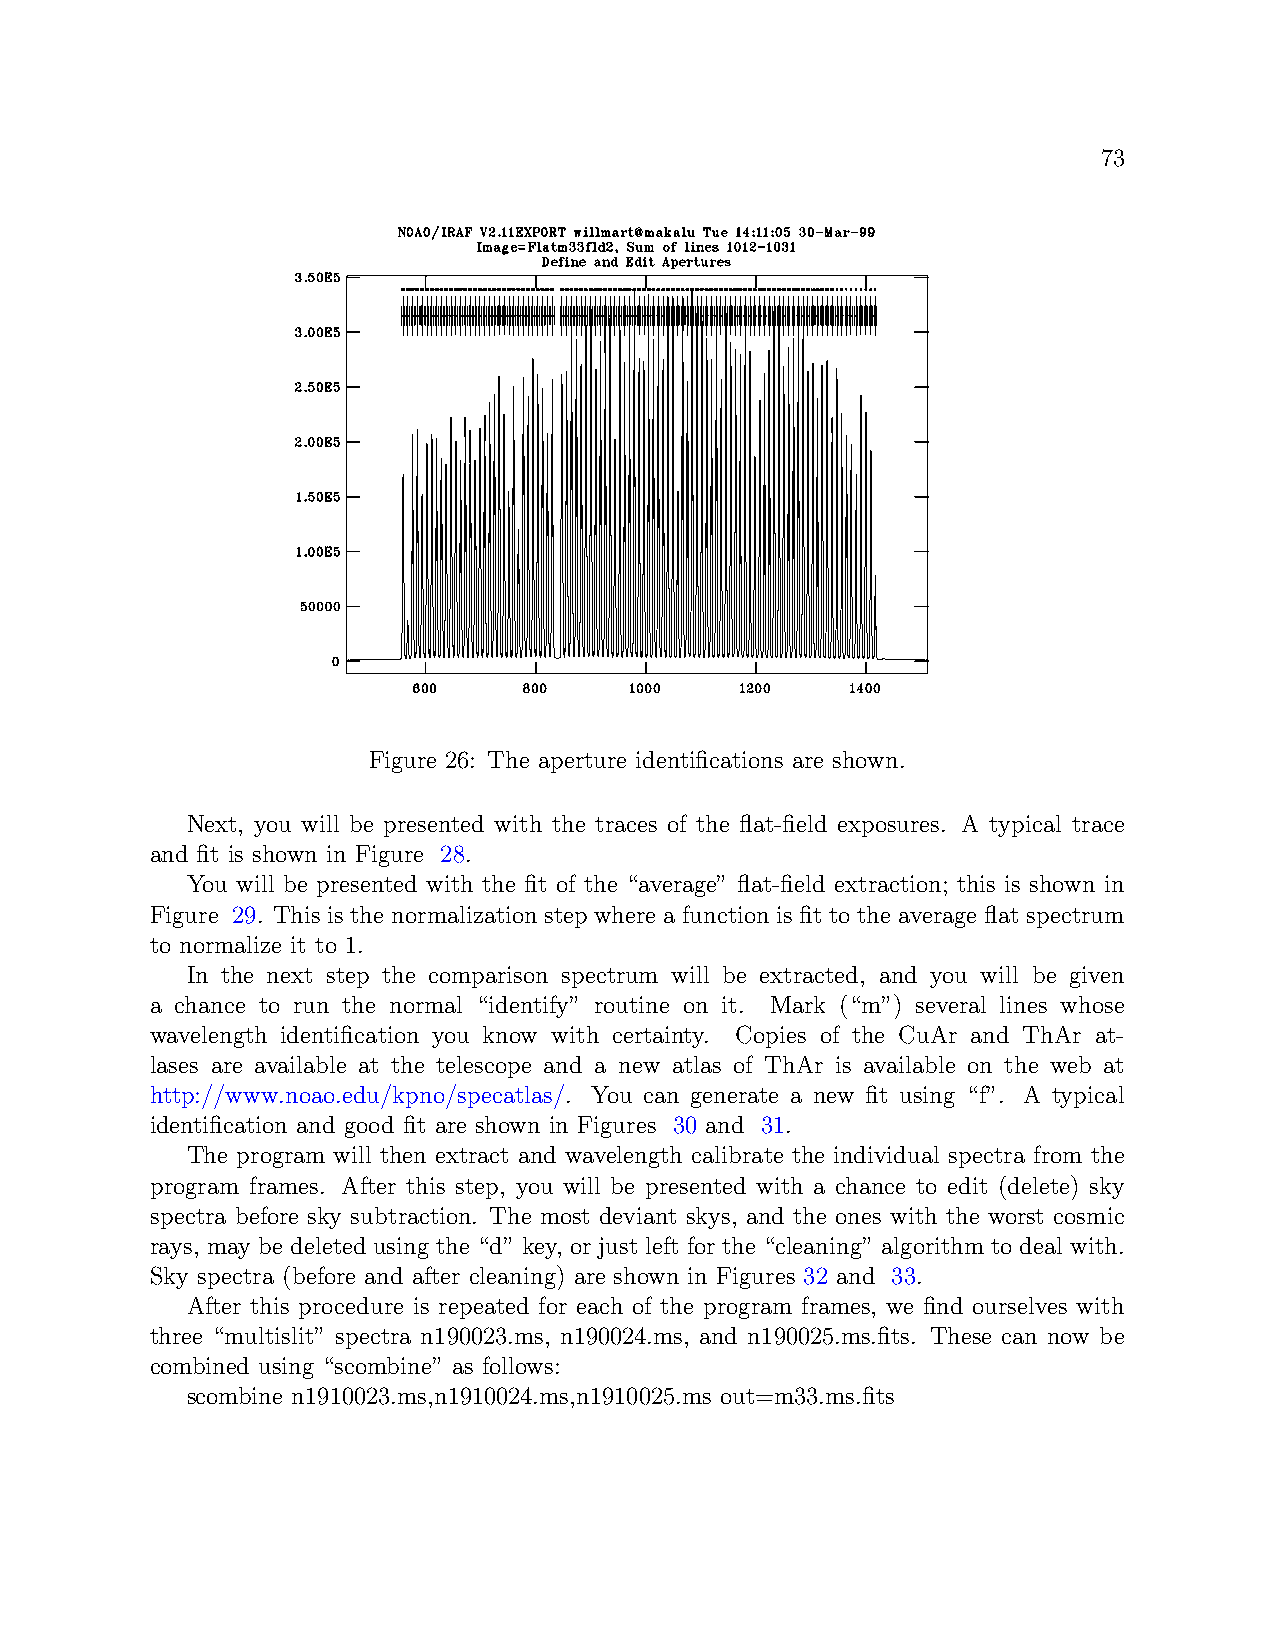
73
 Figure 26: The aperture identifications are shown.
 Next, you will be presented with the traces of the flat-field exposures. A typical trace
 and fit is shown in Figure 28.
 You will be presented with the fit of the “average” flat-field extraction; this is shown in
 Figure 29. This is the normalization step where a function is fit to the average flat spectrum
 to normalize it to 1.
 In the next step the comparison spectrum will be extracted, and you will be given
 a chance to run the normal “identify” routine on it. Mark (“m”) several lines whose
 wavelength identification you know with certainty. Copies of the CuAr and ThAr at-
 lases are available at the telescope and a new atlas of ThAr is available on the web at
 http://www.noao.edu/kpno/specatlas/. You can generate a new fit using “f”. A typical
 identification and good fit are shown in Figures 30 and 31.
 The program will then extract and wavelength calibrate the individual spectra from the
 program frames. After this step, you will be presented with a chance to edit (delete) sky
 spectra before sky subtraction. The most deviant skys, and the ones with the worst cosmic
 rays, may be deleted using the “d” key, or just left for the “cleaning” algorithm to deal with.
 Sky spectra (before and after cleaning) are shown in Figures 32 and 33.
 After this procedure is repeated for each of the program frames, we find ourselves with
 three “multislit” spectra n190023.ms, n190024.ms, and n190025.ms.fits. These can now be
 combined using “scombine” as follows:
 scombine n1910023.ms,n1910024.ms,n1910025.ms out=m33.ms.fits